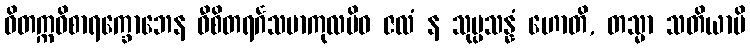
ဝိတက္ကဝိစာရက္ခောဘေန ဝီစိတရင်္ဂသမာကုလမိဝ ဇလံ န သုပ္ပသန္နံ ဟောတိ, တသ္မာ သတိယာပိ